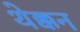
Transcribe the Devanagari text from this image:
थेक्कन